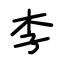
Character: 李